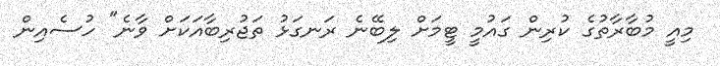
މިއީ މުބާރާތުގެ ކުރިން ގައުމީ ޓީމަށް ލިބޭނެ ރަނގަޅު ތަޖުރިބާއަކަށް ވާނެ" ހުސެއިން